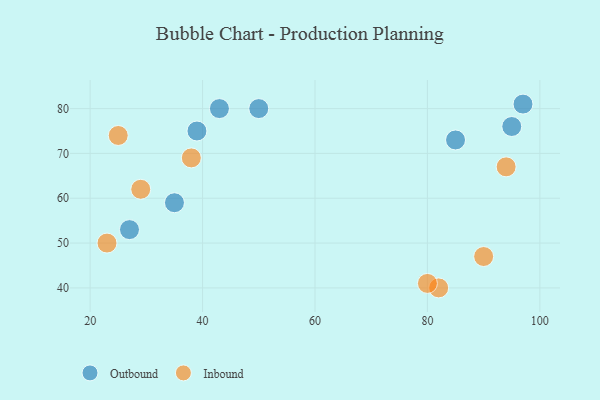
{"axis": {"x": "GDP", "y": "Life Expectancy"}, "legend": ["Inbound", "Outbound"], "data": [{"x": "39", "y": 75, "type": "Outbound"}, {"x": "95", "y": 76, "type": "Outbound"}, {"x": "97", "y": 81, "type": "Outbound"}, {"x": "85", "y": 73, "type": "Outbound"}, {"x": "50", "y": 80, "type": "Outbound"}, {"x": "35", "y": 59, "type": "Outbound"}, {"x": "43", "y": 80, "type": "Outbound"}, {"x": "27", "y": 53, "type": "Outbound"}, {"x": "94", "y": 67, "type": "Inbound"}, {"x": "82", "y": 40, "type": "Inbound"}, {"x": "90", "y": 47, "type": "Inbound"}, {"x": "25", "y": 74, "type": "Inbound"}, {"x": "80", "y": 41, "type": "Inbound"}, {"x": "29", "y": 62, "type": "Inbound"}, {"x": "38", "y": 69, "type": "Inbound"}, {"x": "23", "y": 50, "type": "Inbound"}]}